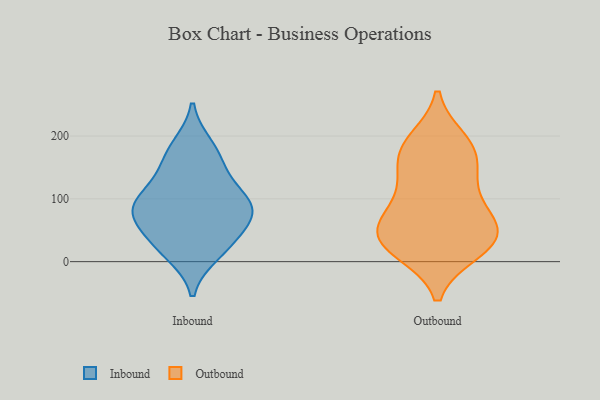
{"axis": {"x": "Shipments", "y": "Value"}, "legend": ["Inbound", "Outbound"], "data": [{"x": "", "y": 14, "type": "Inbound"}, {"x": "", "y": 86, "type": "Inbound"}, {"x": "", "y": 94, "type": "Inbound"}, {"x": "", "y": 31, "type": "Inbound"}, {"x": "", "y": 79, "type": "Inbound"}, {"x": "", "y": 167, "type": "Inbound"}, {"x": "", "y": 71, "type": "Inbound"}, {"x": "", "y": 183, "type": "Inbound"}, {"x": "", "y": 108, "type": "Inbound"}, {"x": "", "y": 142, "type": "Inbound"}, {"x": "", "y": 79, "type": "Inbound"}, {"x": "", "y": 29, "type": "Inbound"}, {"x": "", "y": 57, "type": "Outbound"}, {"x": "", "y": 192, "type": "Outbound"}, {"x": "", "y": 17, "type": "Outbound"}, {"x": "", "y": 98, "type": "Outbound"}, {"x": "", "y": 62, "type": "Outbound"}, {"x": "", "y": 20, "type": "Outbound"}, {"x": "", "y": 162, "type": "Outbound"}, {"x": "", "y": 114, "type": "Outbound"}, {"x": "", "y": 53, "type": "Outbound"}, {"x": "", "y": 29, "type": "Outbound"}, {"x": "", "y": 183, "type": "Outbound"}, {"x": "", "y": 30, "type": "Outbound"}, {"x": "", "y": 53, "type": "Outbound"}, {"x": "", "y": 139, "type": "Outbound"}, {"x": "", "y": 178, "type": "Outbound"}]}